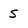
Character: s